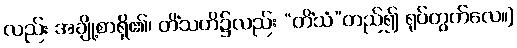
လည်း အချို့စာရှိ၏၊ တိံသတိ၌လည်း “တိံသံ”တည်၍ ရုပ်တွက်လေ။]